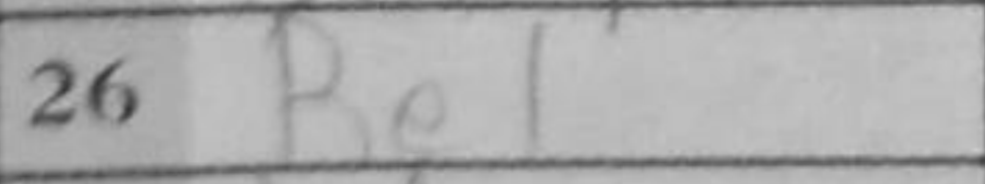
Transcription: Be1